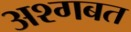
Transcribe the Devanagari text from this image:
अश्गबत